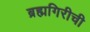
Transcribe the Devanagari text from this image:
ब्रह्मगिरीची